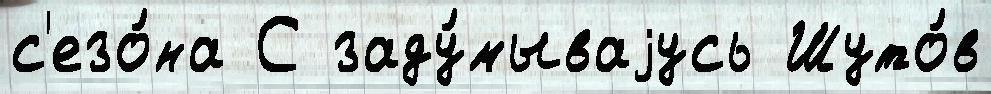
с'езо́на С заду́мываjусь Шуто́в